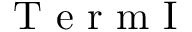
\mathrm { ~ T ~ e ~ r ~ m ~ I ~ }